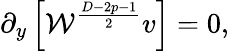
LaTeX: \partial_{y}\left[{\cal W}^{\frac{D-2p-1}{2}}v\right]=0,